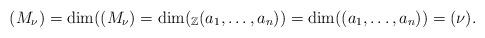
LaTeX: \begin{align*}(M_\nu)=\dim((M_\nu)=\dim(_{\mathbb Z}(a_1,\dots,a_n))=\dim((a_1,\dots,a_n))=(\nu).\end{align*}